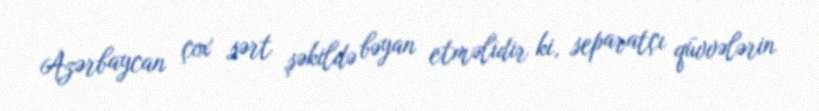
Azərbaycan çox sərt şəkildə bəyan etməlidir ki, separatçı qüvvələrin